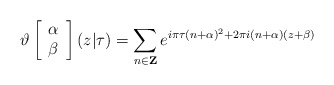
\begin{align*}\vartheta\left[\begin{array}{c}\alpha \\\beta\end{array}\right](z|\tau)=\sum_{n\in{\bf Z}}e^{i\pi\tau(n+\alpha)^{2}+2\pi i(n+\alpha)(z+\beta)}\end{align*}